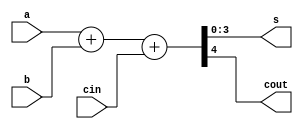
/**************************************************
 P1.1 4-bit FULL ADDER BEHAVIORAL
 ************************************************/

 module full_adder_4bit_bh(s,cout,a,b,cin); 
 	input [3:0]a, b;
 	input cin;
 	output reg [3:0]s;
 	output reg cout;

 	always@(a,b,cin)

 	{cout,s} = a + b + cin;


 endmodule